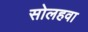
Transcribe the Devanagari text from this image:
सोलहवा